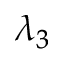
\lambda _ { 3 }